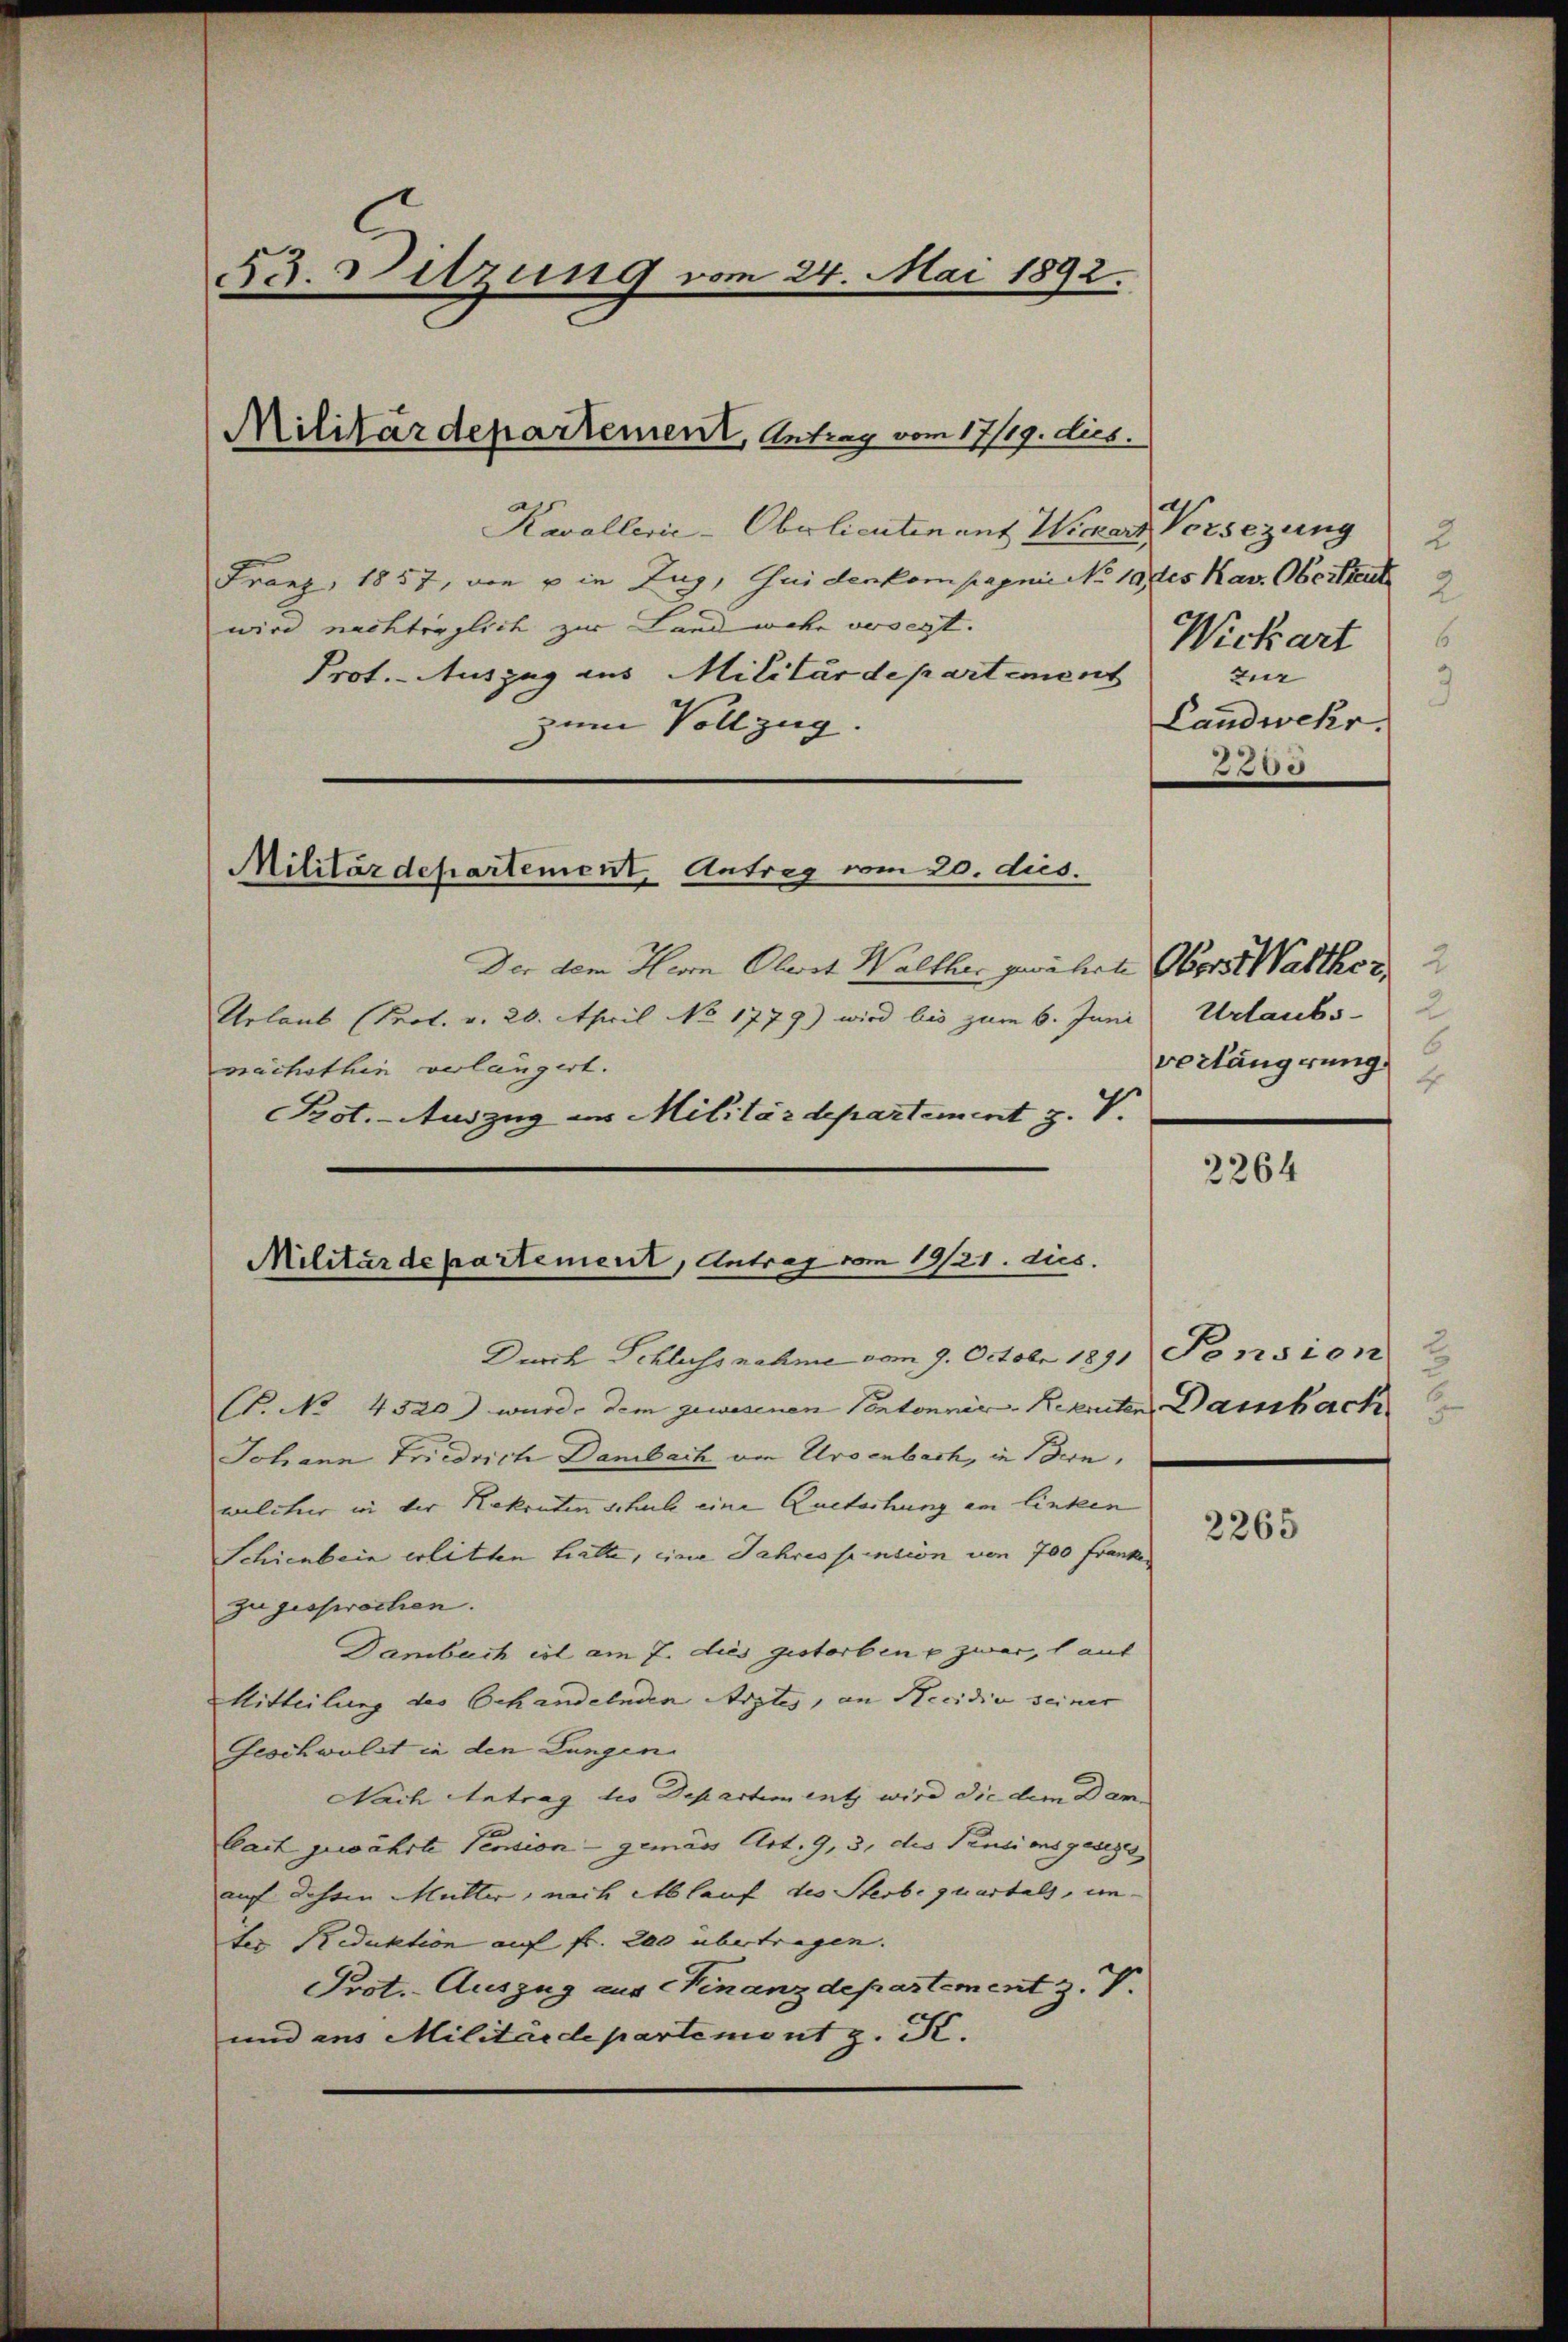
da. Sitzung vom 24. Mai 1892.

Militärdepartement, Antrag vom 17/19. dies

Kavallerie-Oberlieutenant Wickart, Vorsezung 2
Franz, 1857, von u in Zug, Guidenkompagnie No 10 stes Kav. Oberstente
wird nachträglich zur Landwehr versegt.
Prot. - Auszug aus Militärdepartement
zum Vollzug.
Der dem Herrn Obwat Walther gewährte Oberst Walther
Urlaub (Prot. v. 20. April No 1779) wird bis zum 6. Juni Urlaubs
nächsthin verlängert.
Prot. - Auszug des Militärdepartement J. V.
Durch Schlussnahme vom 9. Octobr 1891 Pension
. No 4520) wurde dem gewesenen Portonnir-Rekruten Danschach
Johann Friedrich Danach von Ursenbach, in Bern,
welcher in der Rekruten schule eine Quetorhung am lintern
Schienbein erlitten hatte, eine Jahres pension von 700 Franke
zu gesprochen.
Dambuch ist am 7. dies gestorben u zwar, lauf
Mitteilung des Schandelnden Arztes, an Recidia seiner
Geschwolet in den Lungen
Nach Antrag die Departem entz wird die dem Darbait gewährte Pension - gemäss Art. 9, 3, des Pensions ganzes
auf daheim Mutter, nach Ablauf des Sterbe quartals, unter Reduktion auf fr. 200 übertragen. |
Prot. Auszug aus Finanzdepartement z. V.
und aus Militärdepartemont z. S.

Militärdepartement. Antrag vom 20. dies.

Militärdepartement, Antrag vom 19/21. dies

Wickart
zur
Landwehr.
3200

6
verlängerung
4

2264

2265